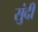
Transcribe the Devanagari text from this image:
सुंदी